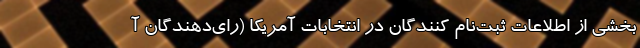
بخشی از اطلاعات ثبت‌نام کنندگان در انتخابات آمریکا (رای‌دهندگان آ